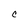
Character: c